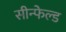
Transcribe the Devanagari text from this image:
सीन्फेल्ड